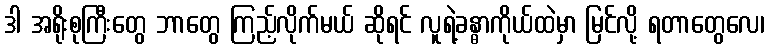
ဒါ အရိုးစုကြီးတွေ ဘာတွေ ကြည့်လိုက်မယ် ဆိုရင် လူရဲ့ခန္ဓာကိုယ်ထဲမှာ မြင်လို့ ရတာတွေလေ၊